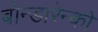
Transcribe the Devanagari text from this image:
बोन्डारेन्को